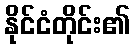
နိုင်ငံတိုင်း၏